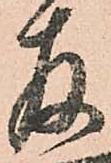
存